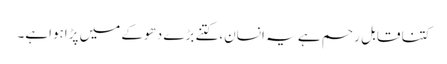
کتنا قابل رحم ہے یہ انسان،کتنے بڑے دھوکے میں پڑاہواہے۔